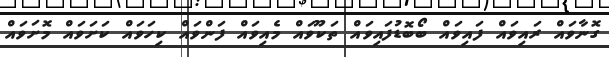
ގޮނާވައް ރައިވައް ފައިވައް ބޯބޮޑުފައިވައް ތަކޫވައް މެއިވައް ފަންވައް ކިހަވައް ކަށަވައް މޮށަވައް